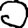
Digit: 0